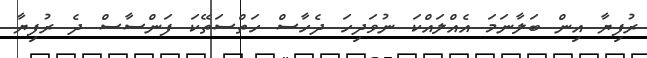
ރުފިޔާ އިން ބަލާނަމަ އެއްލައްކަ ނުވަދިހަ ދެހާސް ހަތްސަތޭކަ ފަންސާސް ދެ ރުފިޔާ